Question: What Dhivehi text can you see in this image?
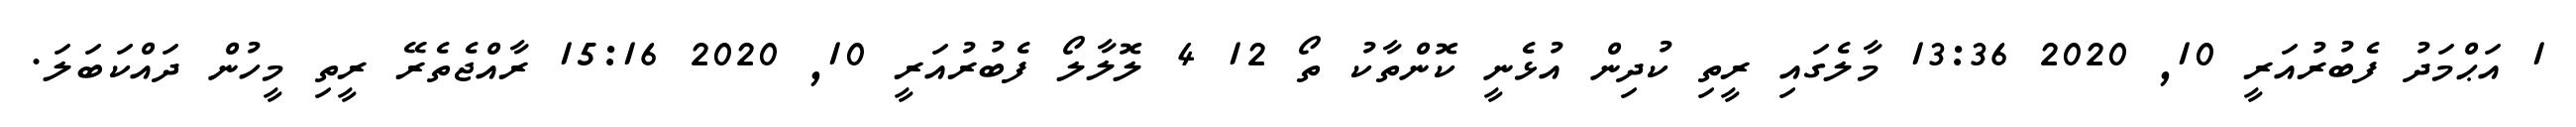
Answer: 1 އަޙްމަދު ފެބުރުއަރީ 10, 2020 13:36 މާލެގައި ރީތި ކުދިން އުޅެނީ ކޮންތާކު ތޯ 12 4 ލޮލާލޯ ފެބުރުއަރީ 10, 2020 15:16 ރާއްޖެތެރޭ ރީތި މީހުން ދައްކަބަލަ.